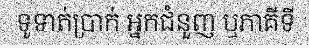
ទូទាត់ប្រាក់ អ្នកជំនួញ ឬភាគីទី